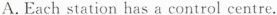
A.Each station has acontrol centre.